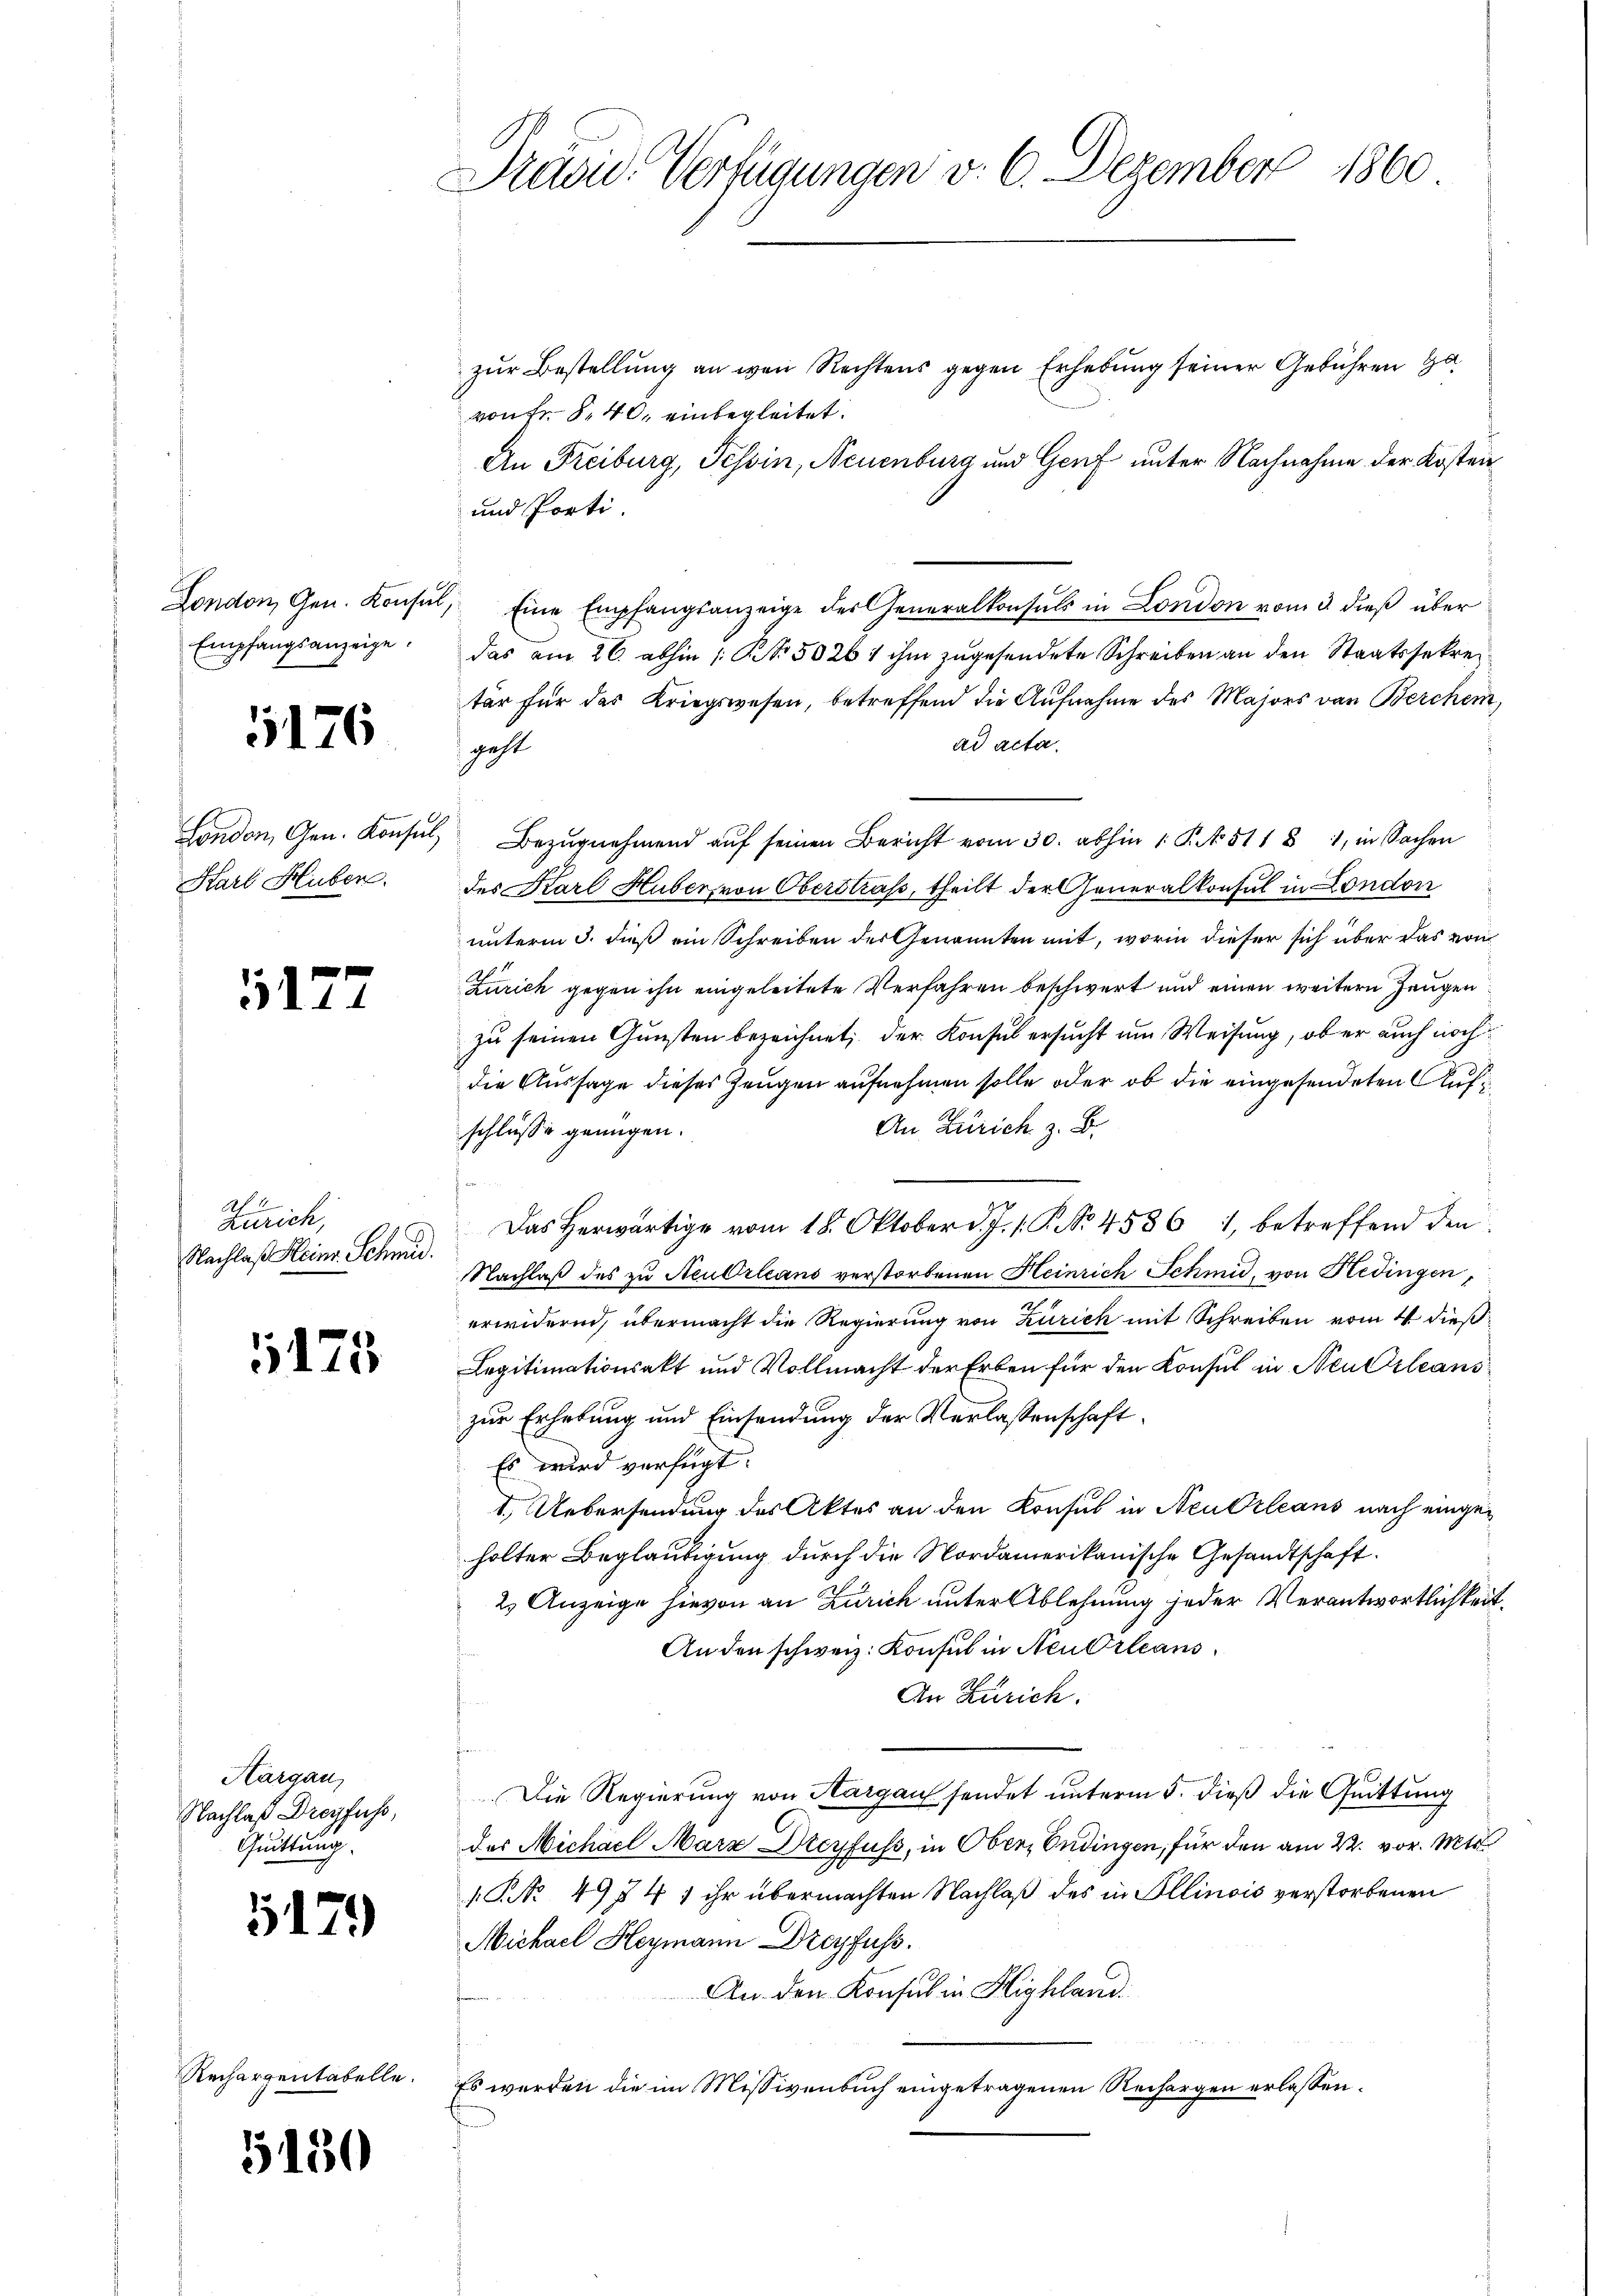
Empfangsanzeige.

5176

Karl Huber.

5177

Zürich,
Nachlaß Heinr. Schmid.

125

Hargau,
Nachlaß Dreyfuss,
Quittung.

5179

Rechargentabelle.

5150

Präsid. Verfügungen v. 6. Dezember 1860

zur Bestellung an wen Rechtens gegen Erhebung seiner Gebühren Ha
von Fr. S. 40. einbegleitet.
An Freiburg, Tessin, Neuenburg und Genf unter Nachnahme der Kosten
und Porti.
London, Gen. Konsul, Eine Empfangsanzeige der Generalkonsuls in London vom 3. dieβ über
das am 26. abhin |: NNo. 5026 1 ihm zugesendete Schreiben an den Staatssekre
tär für das Kriegswesen, betreffend die Aufnahme des Majors von Berchen,
ad acta.
geht
London, Gen. Konsul Bezŭgnehmend aŭf seinen Bericht vom 30. abhin 1 S. 511 81, in Sachen
des Karl Huber, von Oberstrass, theilt der Generalkonsul in London
unterm 3. dieß ein Schreiben des Genannten mit, worin dieser sich über das von
Zürich gegen ihn eingeleitete Verfahren beschwert und einen weitern Zeugen
zu seinen Gunsten bezeichnet, der Konsul ersucht um Weisung, ob er auch noch
die Aussage dieses Zeugen aufnehmen solle oder ob die eingesendeten Auf¬
An Zürich z. B.
schlüsse genügen.
Das Herwärtige vom 18. Oktober d. J. s. P. Nr. 4586, 1, betreffend den
Nachlaß des zu NeuOrleans verstorbenen Heinrich Schmid, von Hedingen,
erwidernd, übermacht die Regierung von Zürich mit Schreiben vom 4. dieß
Legitimationsakt und Vollmacht der Erben für den Konsul in Neu Orleans
zur Erhebung und Einsendung der Verlassenschaft
Es wird verfügt:
1.) Uebersendung des Aktes an den Konsul in Neu Orleans nach eingeholter Beglaubigung durch die Nordamerikanische Gesandtschaft.
2) Anzeige hievon an Zürich unter Ablehnung jeder Verantwortlichkeit.
Anden schweiz. Konsul in Neu Orleans
An Zürich.
Die Regierung von Aargau sendet unterm 5. dieß die Quittung
des Michael Marz Dreyfuss, in Ober, Endingen, für den am 22. vor. Mts
1 NNo. 49 § 47 ihr übermachten Nachlaß des in Ellinois verstorbenen
Michael Heymann Dreyfuss.
An den Konsul in Highland
Es werden die im Missivenbuch eingetragenen Rechargen erlassen.